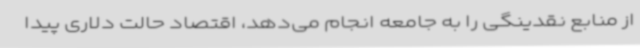
از منابع نقدینگی را به جامعه انجام می‌دهد، اقتصاد حالت دلاری پیدا